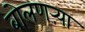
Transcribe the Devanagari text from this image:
बोलणऱ्या